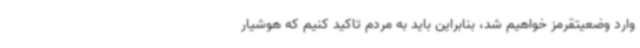
وارد وضعیتقرمز خواهیم شد، بنابراین باید به مردم تاکید کنیم که هوشیار